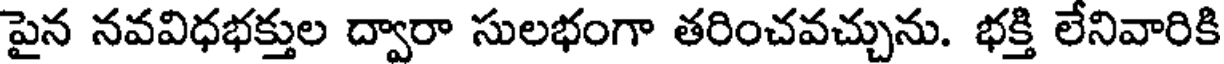
పైన నవవిధభక్తుల ద్వారా సులభంగా తరించవచ్చును. భక్తి లేనివారికి